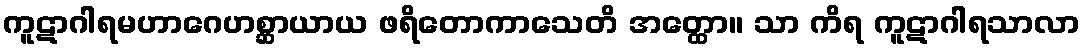
ကူဋာဂါရမဟာဂေဟစ္ဆာယာယ ဖရိတောကာသေတိ အတ္ထော။ သာ ကိရ ကူဋာဂါရသာလာ